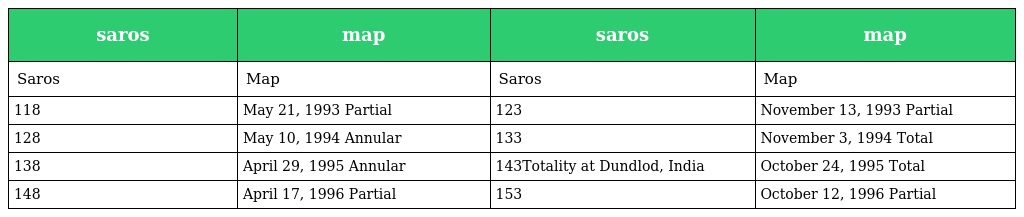
| saros | map | saros | map |
 | --- | --- | --- | --- |
 | Saros | Map | Saros | Map |
 | 118 | May 21, 1993 Partial | 123 | November 13, 1993 Partial |
 | 128 | May 10, 1994 Annular | 133 | November 3, 1994 Total |
 | 138 | April 29, 1995 Annular | 143Totality at Dundlod, India | October 24, 1995 Total |
 | 148 | April 17, 1996 Partial | 153 | October 12, 1996 Partial |